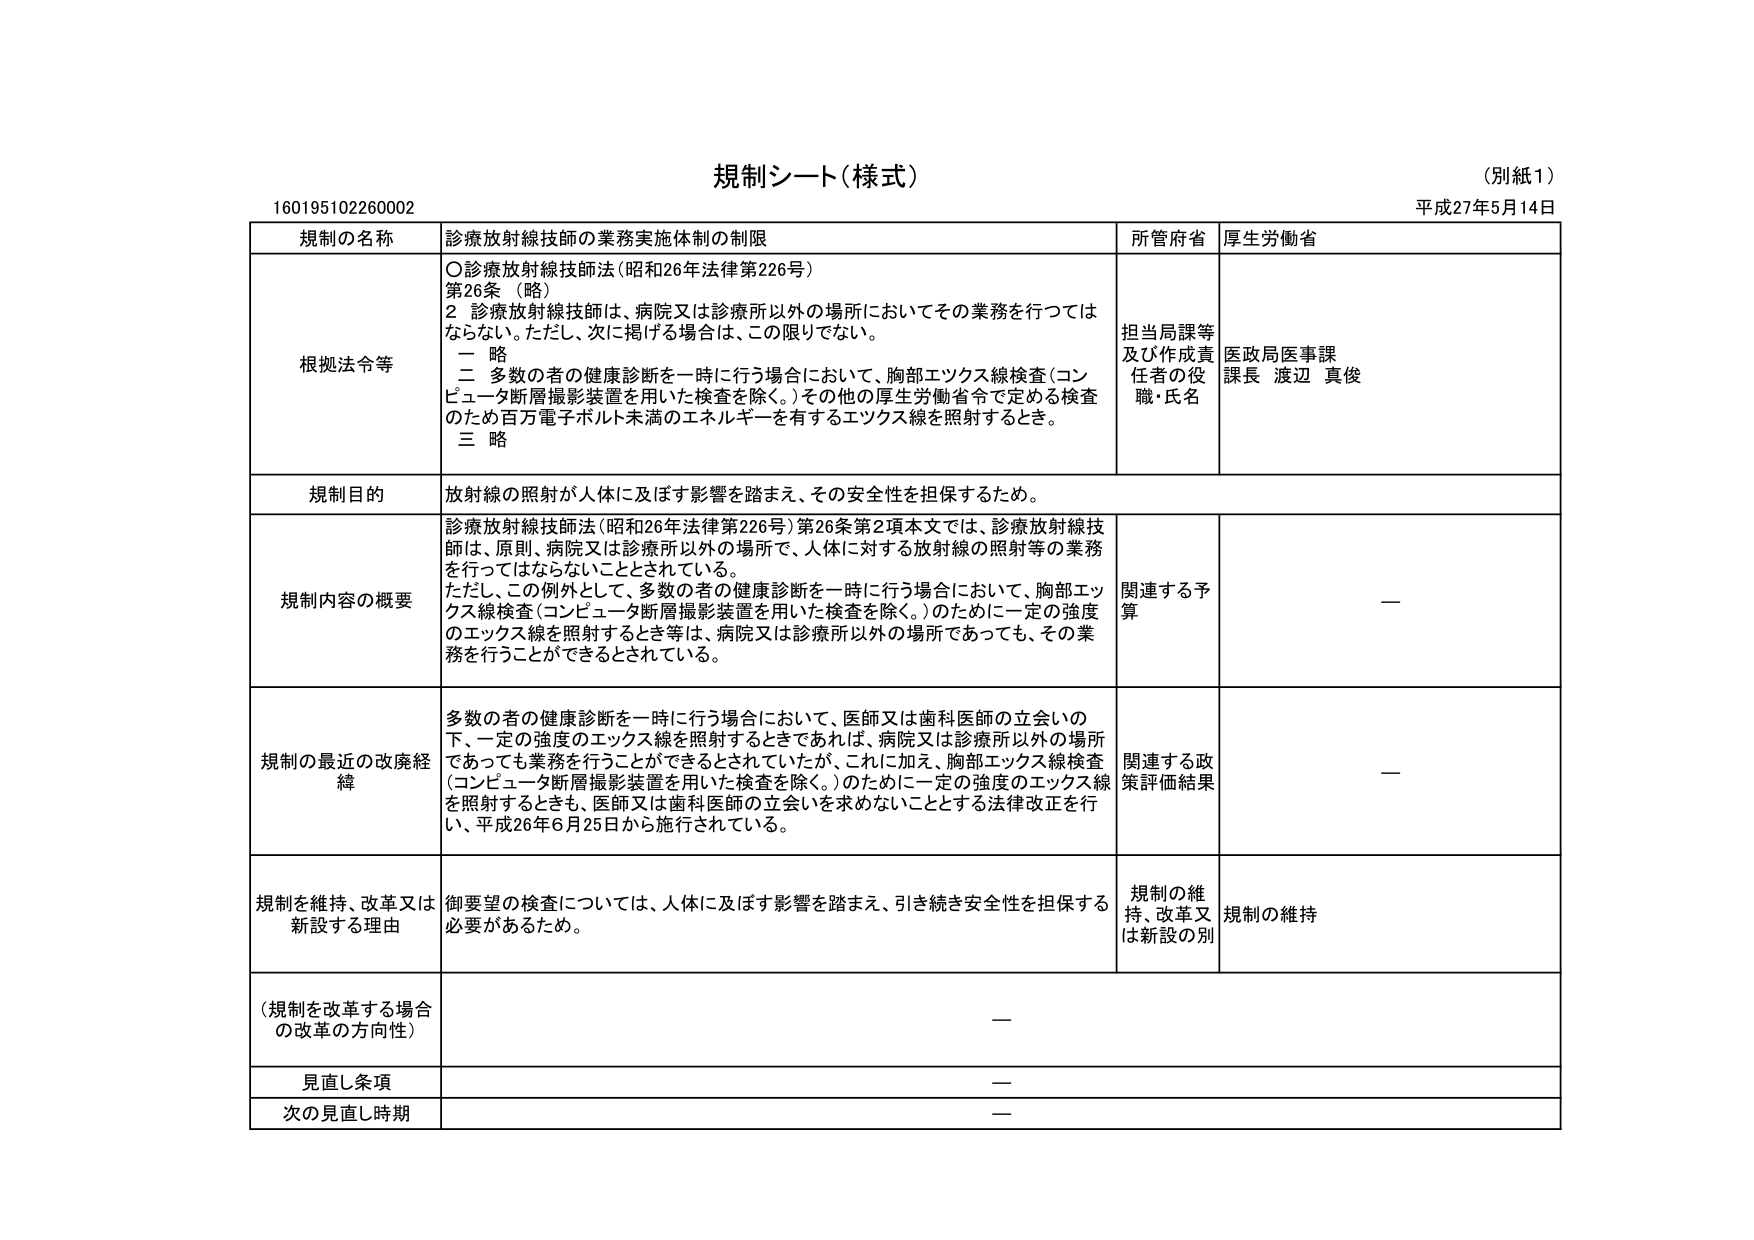
規制シート（様式）
（別紙１）
平成27年5月14日
160195102260002

規制の名称　診療放射線技師の業務実施体制の制限
所管府省　厚生労働省

根拠法令等
〇診療放射線技師法（昭和26年法律第226号）
第26条（略）
２ 診療放射線技師は、病院又は診療所以外の場所においてその業務を行つてはならない。ただし、次に掲げる場合は、この限りでない。
　一 略
　二 多数の者の健康診断を一時に行う場合において、胸部エックス線検査（コンピュータ断層撮影装置を用いた検査を除く。）その他の厚生労働省令で定める検査のため百万電子ボルト未満のエネルギーを有するエックス線を照射するとき。
　三 略

担当局課等及び作成責任者の役職・氏名
医政局医事課
課長 渡辺 真俊

規制目的
放射線の照射が人体に及ぼす影響を踏まえ、その安全性を担保するため。

規制内容の概要
診療放射線技師法（昭和26年法律第226号）第26条第2項本文では、診療放射線技師は、原則、病院又は診療所以外の場所で、人体に対する放射線の照射等の業務を行ってはならないこととされている。
ただし、この例外として、多数の者の健康診断を一時に行う場合において、胸部エックス線検査（コンピュータ断層撮影装置を用いた検査を除く。）のために一定の強度のエックス線を照射するとき等は、病院又は診療所以外の場所であっても、その業務を行うことができるとしている。

関連する予算
—

規制の最近の改廃経緯
多数の者の健康診断を一時に行う場合において、医師又は歯科医師の立会いの下で、一定の強度のエックス線を照射するときであれば、病院又は診療所以外の場所であっても業務を行うことができるとしていたが、これに加え、胸部エックス線検査（コンピュータ断層撮影装置を用いた検査を除く。）のために一定の強度のエックス線を照射するときも、医師又は歯科医師の立会いを求めないこととする法律改正を行い、平成26年6月25日から施行されている。

関連する政策評価結果
—

規制を維持、改革又は新設する理由
御要望の検査については、人体に及ぼす影響を踏まえ、引き続き安全性を担保する必要があるため。

規制の維持、改革又は新設の別
規制の維持

（規制を改革する場合の改革の方向性）
—

見直し条項
—

次の見直し時期
—